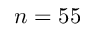
n = 5 5